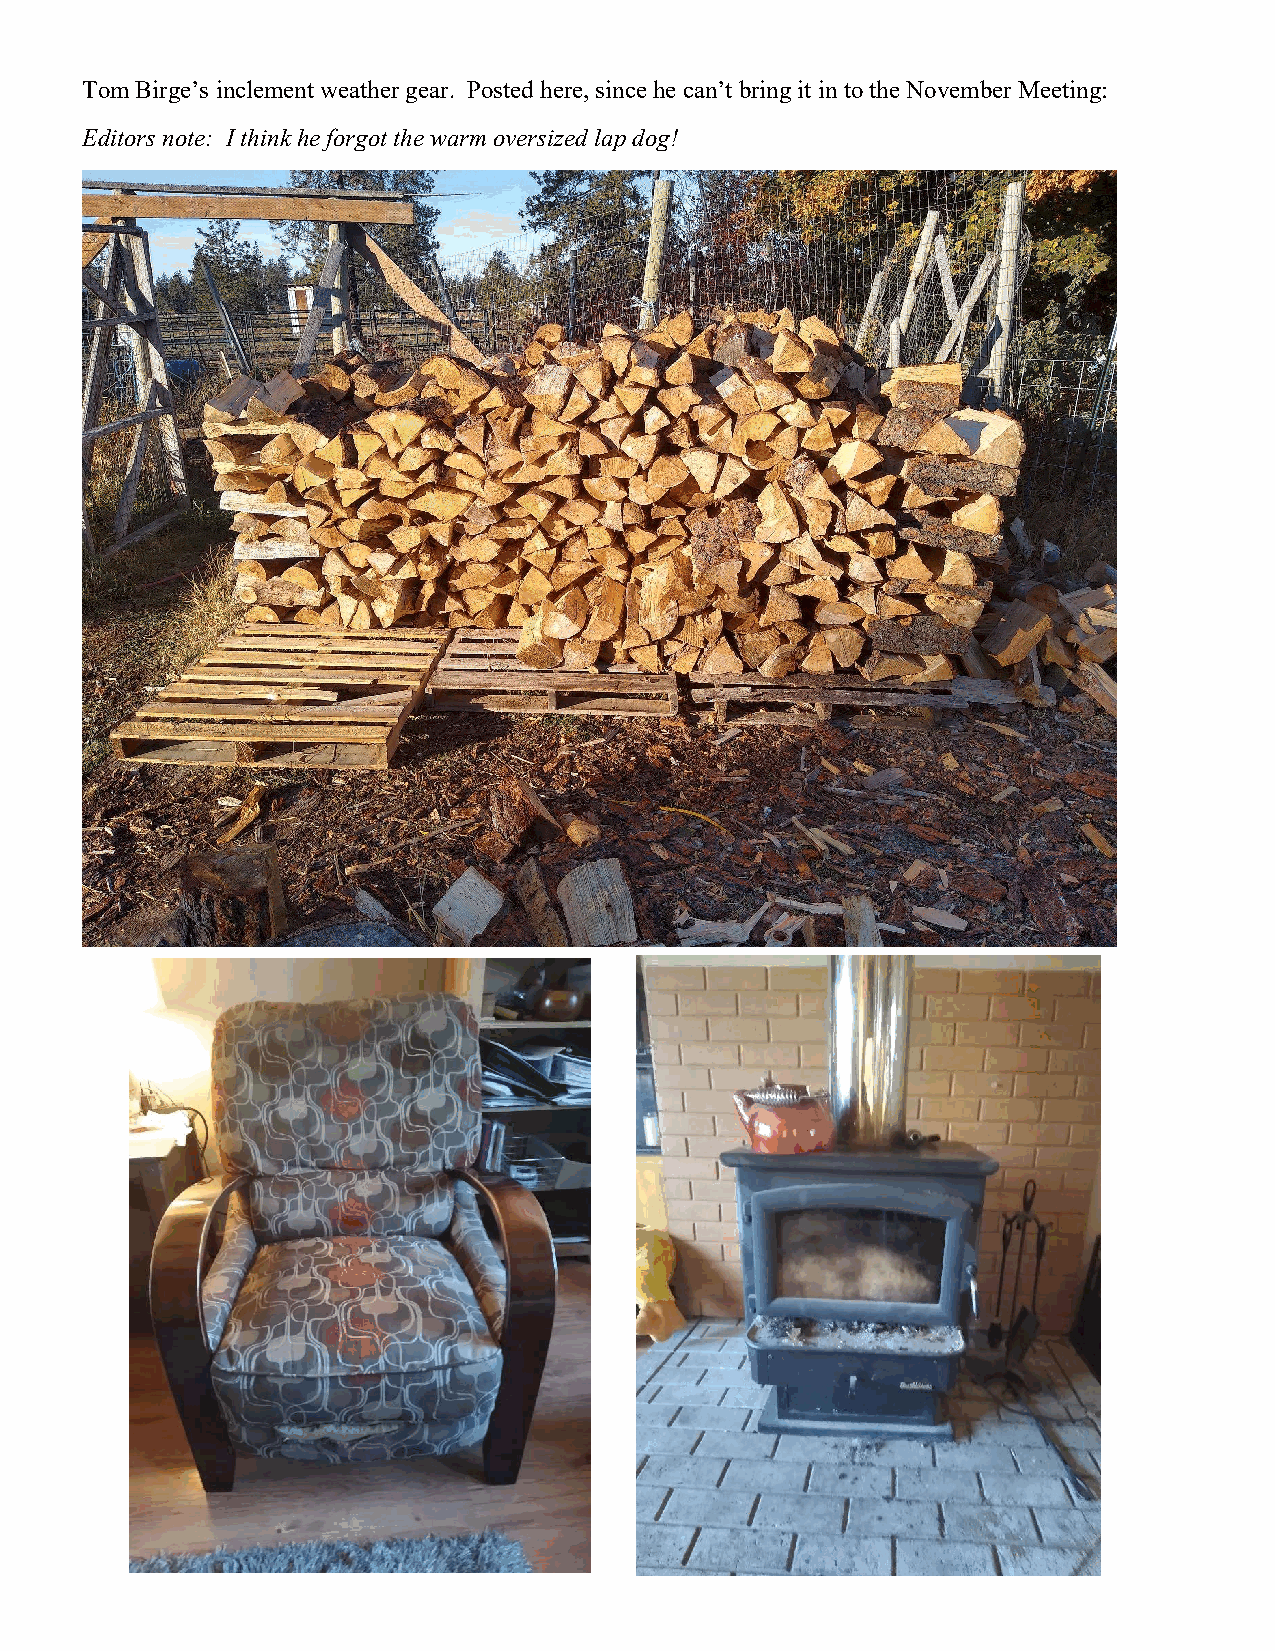
Tom Birge’s inclement weather gear. Posted here, since he can’t bring it in to the November Meeting:
 Editors note: I think he forgot the warm oversized lap dog!